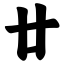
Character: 廿